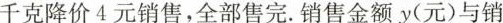
千克降价4元销售，全部售完。销售金额y(元)与销